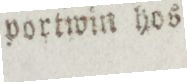
portwin hos